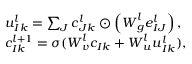
\begin{array} { r l } & { { \boldsymbol { u } } _ { I k } ^ { l } = \sum _ { J } { \boldsymbol { c } } _ { J k } ^ { l } \odot \left( { \boldsymbol { W } } _ { g } ^ { l } { \boldsymbol { e } } _ { I J } ^ { l } \right) , } \\ & { { \boldsymbol { c } } _ { I k } ^ { l + 1 } = \sigma ( { \boldsymbol { W } } _ { v } ^ { l } { \boldsymbol { c } } _ { I k } + { \boldsymbol { W } } _ { u } ^ { l } { \boldsymbol { u } } _ { I k } ^ { l } ) , } \end{array}